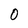
Character: 0